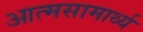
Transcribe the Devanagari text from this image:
आत्मसामार्थ्य